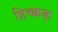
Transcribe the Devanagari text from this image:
हिच्कक्